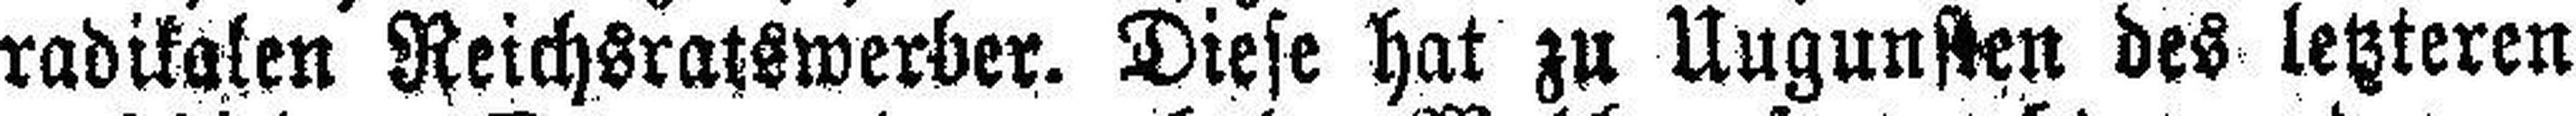
radikalen Reichsratswerber. Diese hat zu Uugunsten des letzteren